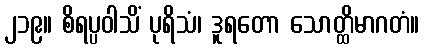
၂၁၉။ စိရပ္ပဝါသိံ ပုရိသံ၊ ဒူရတော သောတ္ထိမာဂတံ။